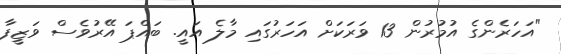
"އަހަރެންގެ އުމުރުން 13 ވަރަކަށް އަހަރުގައި މާލެ އައީ. ބައްޕަ އޭރުވެސް ވަޒީފާ